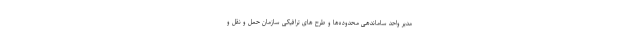
مدیر واحد ساماندهی محدوده‌ها و طرح های ترافیکی سازمان حمل و نقل و